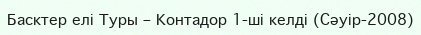
Басктер елі Туры – Контадор 1-ші келді (Сәуір-2008)